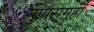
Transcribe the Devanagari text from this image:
गुणसमूहों